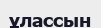
ұлассын